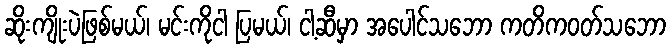
ဆိုးကျိုးပဲဖြစ်မယ်၊ မင်းကိုငါ ပြမယ်၊ ငါ့ဆီမှာ အပေါင်သဘော ကတိကဝတ်သဘော